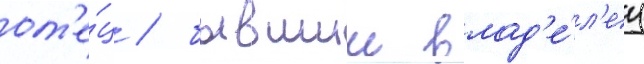
от'е́ц / бывшии влад'е́л'ец